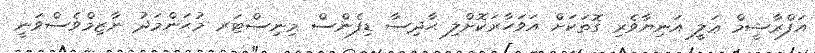
އަފްރާޝީމް ޢަލީ އަނިޔާވެރި ގޮތަކަށް އަވަހާރަކޮށްލި ޙާދިސާ ޑިފެންސް މިނިސްޓަރ މުޙަންމަދު ނާޒިމްވެސްވަނީ